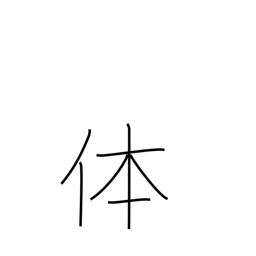
Meaning: reality